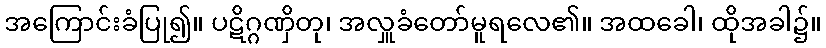
အကြောင်းခံပြု၍။ ပဋိဂ္ဂဏှိတု၊ အလှူခံတော်မူရလေ၏။ အထခေါ၊ ထိုအခါ၌။